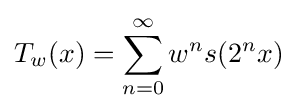
T_{w}(x)=\sum _{n=0}^{\infty }w^{n}s(2^{n}x)